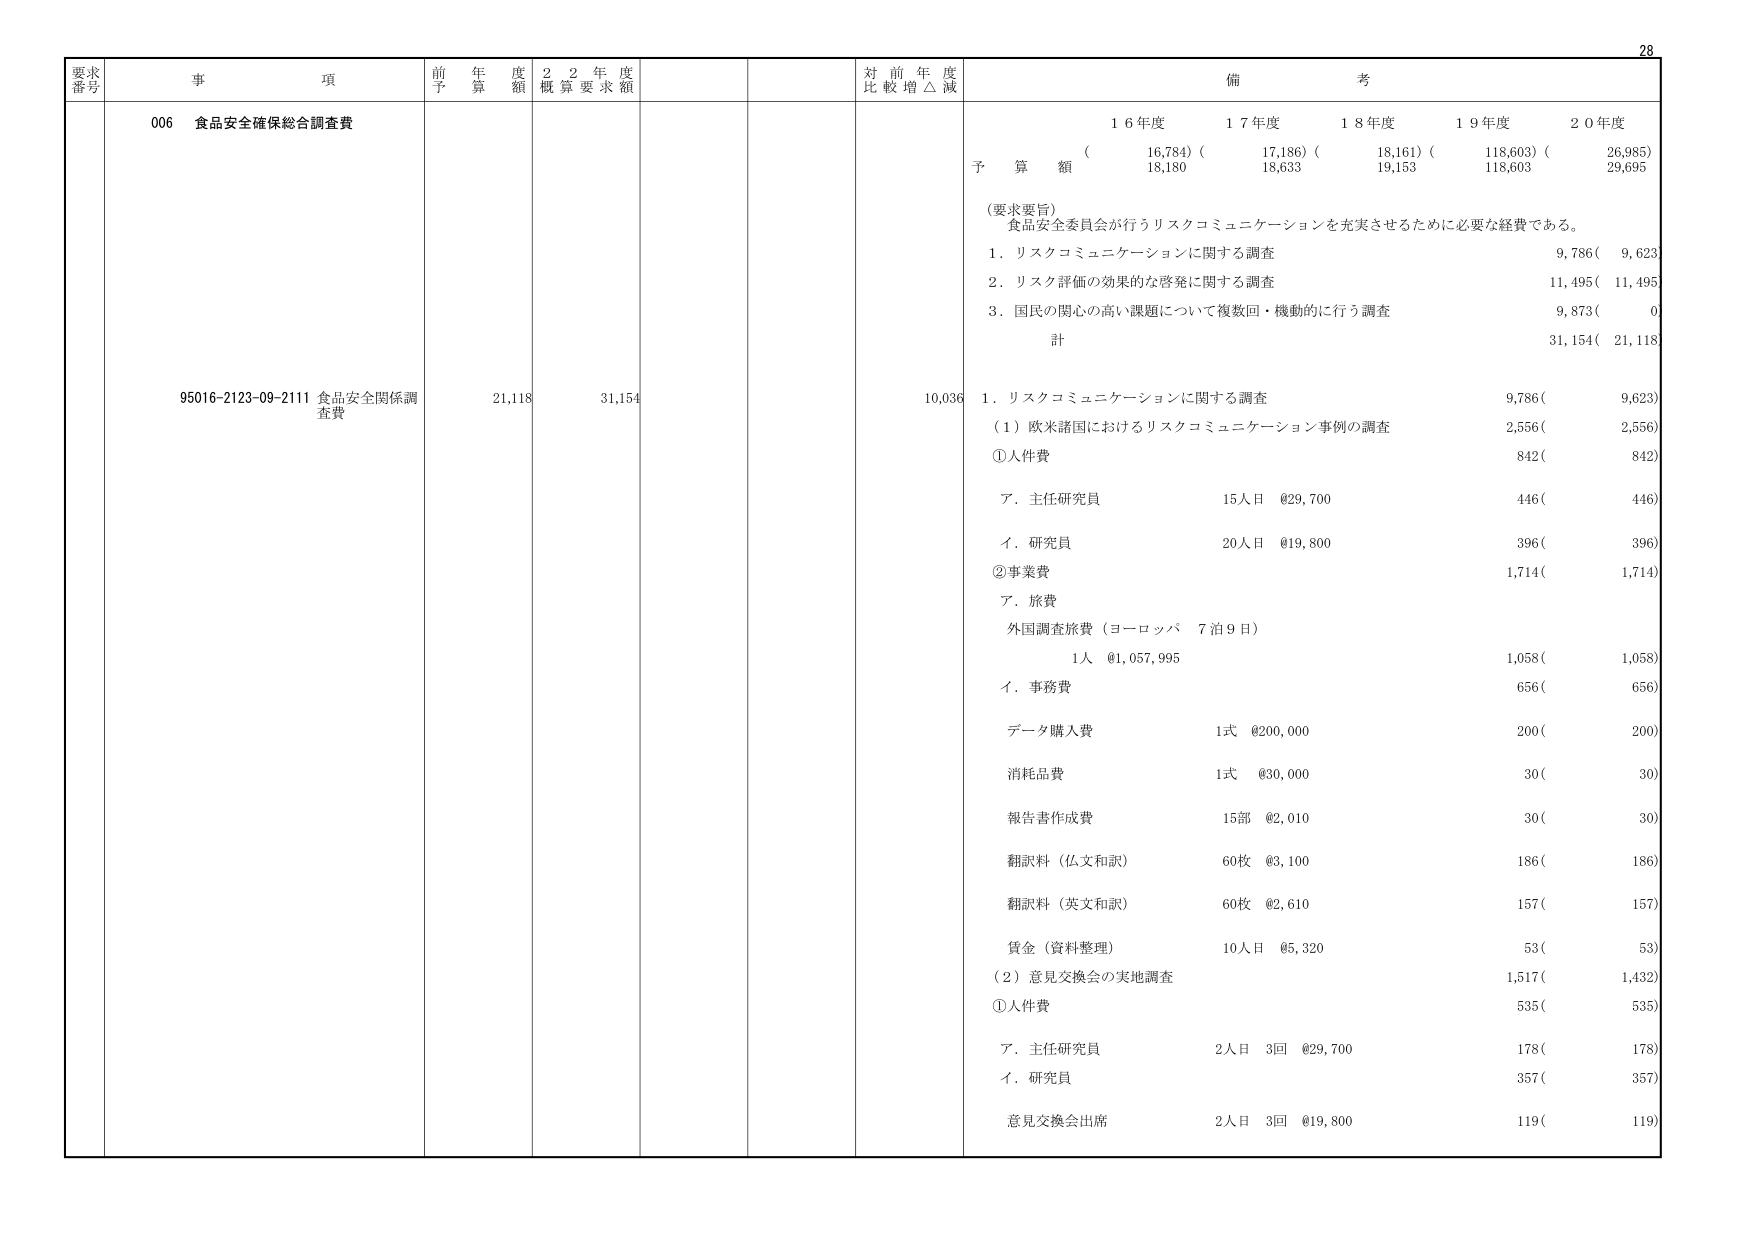
要求番号 事項 前年度予算額 22年度概算要求額 対前年度比較増△減 備考
006 食品安全確保総合調査費
95016-2123-09-2111 食品安全関係調査費 21,118 31,154 10,036
16年度 17年度 18年度 19年度 20年度
予算額 (16,784) (17,186) (18,161) (118,603) (26,985)
18,180 18,633 19,153 118,603 29,695
（要求要旨）
食品安全委員会が行うリスクコミュニケーションを充実させるために必要な経費である。
1．リスクコミュニケーションに関する調査 9,786( 9,623)
2．リスク評価の効果的な啓発に関する調査 11,495( 11,495)
3．国民の関心の高い課題について複数回・機動的に行う調査 9,873( 0)
計 31,154( 21,118)
1．リスクコミュニケーションに関する調査 9,786( 9,623)
（1）欧米諸国におけるリスクコミュニケーション事例の調査 2,556( 2,556)
①人件費 842( 842)
ア．主任研究員 15人日 @29,700 446( 446)
イ．研究員 20人日 @19,800 396( 396)
②事業費 1,714( 1,714)
ア．旅費
外国調査旅費（ヨーロッパ 7泊9日）
1人 @1,057,995 1,058( 1,058)
イ．事務費 656( 656)
データ購入費 1式 @200,000 200( 200)
消耗品費 1式 @30,000 30( 30)
報告書作成費 15部 @2,010 30( 30)
翻訳料（仏文和訳） 60枚 @3,100 186( 186)
翻訳料（英文和訳） 60枚 @2,610 157( 157)
賃金（資料整理） 10人日 @5,320 53( 53)
（2）意見交換会の実地調査 1,517( 1,432)
①人件費 535( 535)
ア．主任研究員 2人日 3回 @29,700 178( 178)
イ．研究員 357( 357)
意見交換会出席 2人日 3回 @19,800 119( 119)